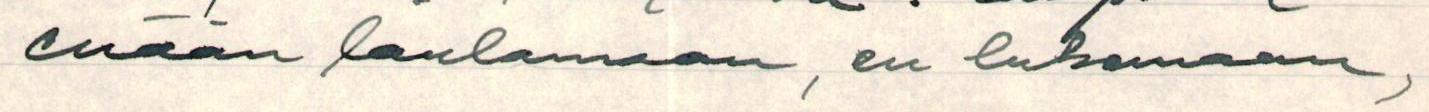
enään laulamaan, en lukemaan,